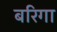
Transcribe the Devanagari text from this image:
बरिगा